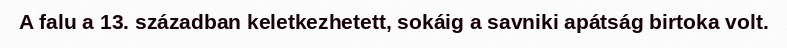
A falu a 13. században keletkezhetett, sokáig a savniki apátság birtoka volt.